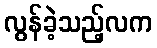
လွန်ခဲ့သည့်လက